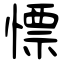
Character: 慓